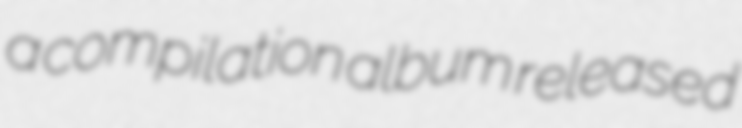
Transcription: a compilation album released